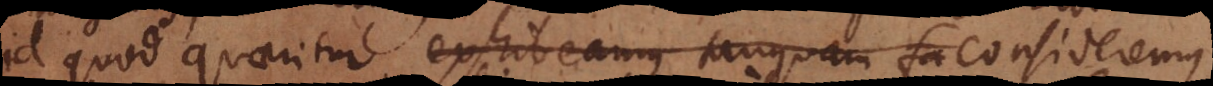
id quod quaeritur exhibeamus tanquam fa consideremus